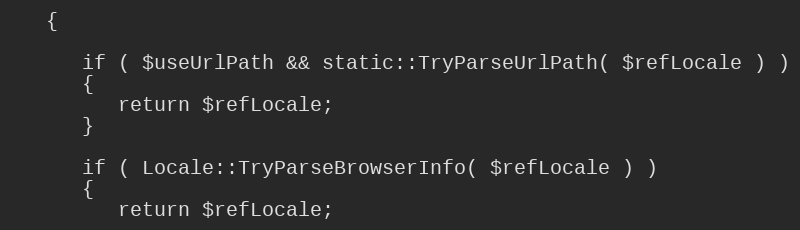
Language: PHP
   {

      if ( $useUrlPath && static::TryParseUrlPath( $refLocale ) )
      {
         return $refLocale;
      }

      if ( Locale::TryParseBrowserInfo( $refLocale ) )
      {
         return $refLocale;